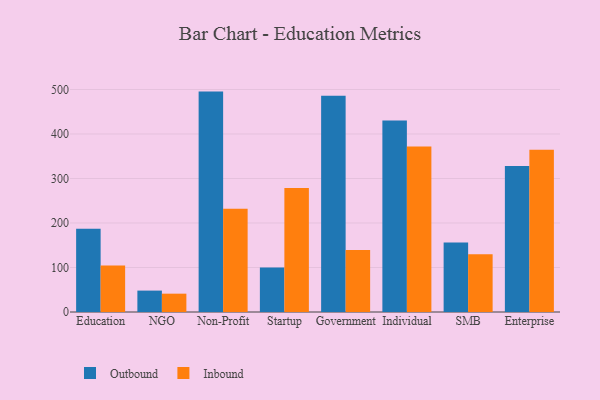
{"axis": {"x": "Segment", "y": "Demand Index"}, "legend": ["Inbound", "Outbound"], "data": [{"x": "Education", "y": 186.9, "type": "Outbound"}, {"x": "Education", "y": 104.7, "type": "Inbound"}, {"x": "NGO", "y": 48.1, "type": "Outbound"}, {"x": "NGO", "y": 41.2, "type": "Inbound"}, {"x": "Non-Profit", "y": 495.3, "type": "Outbound"}, {"x": "Non-Profit", "y": 232.2, "type": "Inbound"}, {"x": "Startup", "y": 99.9, "type": "Outbound"}, {"x": "Startup", "y": 278.4, "type": "Inbound"}, {"x": "Government", "y": 486.2, "type": "Outbound"}, {"x": "Government", "y": 139.3, "type": "Inbound"}, {"x": "Individual", "y": 430.6, "type": "Outbound"}, {"x": "Individual", "y": 371.8, "type": "Inbound"}, {"x": "SMB", "y": 156.2, "type": "Outbound"}, {"x": "SMB", "y": 129.6, "type": "Inbound"}, {"x": "Enterprise", "y": 328.2, "type": "Outbound"}, {"x": "Enterprise", "y": 364.4, "type": "Inbound"}]}